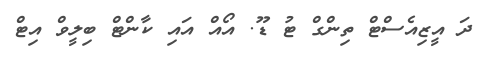
ދަ އީޒިއެސްޓް ތިންގް ޓު ޑޫ. އޯއް އައި ކާންޓް ބިލީވް އިޓް